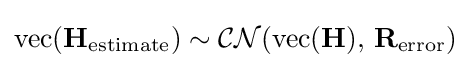
{\mbox{vec}}(\mathbf {H} _{\textrm {estimate}})\sim {\mathcal {CN}}({\mbox{vec}}(\mathbf {H} ),\,\mathbf {R} _{\textrm {error}})